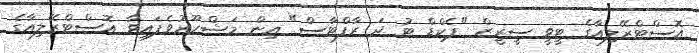
އޮސްޓްރޭލިއާގެ ޓީވީ ސީރީޒް "ޕެކްޑް ޓު ދަ ރާފްޓާސް" އިން މަޝްހޫރުވެފައިވާ އޮސްޓްރޭލިއާގެ